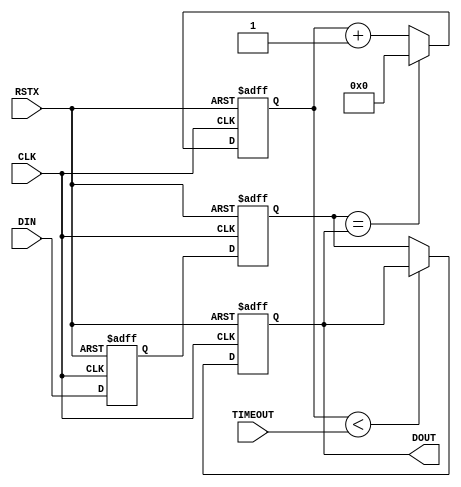
module dechat #(parameter BW='d8, RV=1'b0) (
 input               RSTX,
 input               CLK,
 input               DIN,
 input      [BW-1:0] TIMEOUT,
 output reg          DOUT
);

reg din_d1, din_d2;
always @(posedge CLK or negedge RSTX)
  if (!RSTX) {din_d2, din_d1} <= {2{RV}};
  else       {din_d2, din_d1} <= {din_d1, DIN};

reg [BW-1:0] cnt;
wire cnting = cnt < TIMEOUT;
always @(posedge CLK or negedge RSTX)
  if (!RSTX)               cnt <= {BW{1'b0}};
  else if (din_d2 == DOUT) cnt <= {BW{1'b0}};
  else                     cnt <= cnt + {{(BW-1){1'b0}}, 1'b1};

always @(posedge CLK or negedge RSTX)
  if (!RSTX)        DOUT <= RV;
  else if (!cnting) DOUT <= din_d2;

endmodule